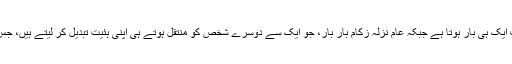
یہی وجہ ہے کہ لاکڑا کاکڑا یا چکن پاکس صرف ایک ہی بار ہوتا ہے جبکہ عام نزلہ زکام بار بار، جو ایک سے دوسرے شخص کو منتقل ہوتے ہی اپنی ہئیت تبدیل کر لیتے ہیں، جس سے ہمارے میموری سیلز کنفیوز ہو جاتے ہیں۔